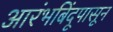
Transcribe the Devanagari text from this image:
आरंभबिंदूपासून